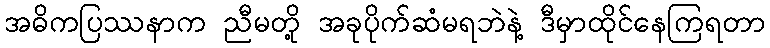
အဓိကပြဿနာက ညီမတို့ အခုပိုက်ဆံမရဘဲနဲ့ ဒီမှာထိုင်နေကြရတာ